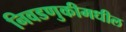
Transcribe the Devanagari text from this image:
निवडणुकीमधील